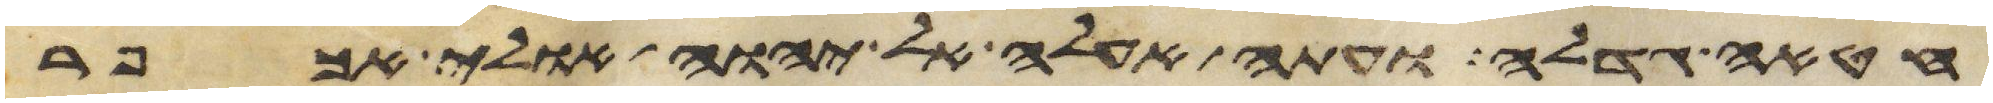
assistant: חטאה גדלה ועתה אעלה אל יהוה אולי אכפר